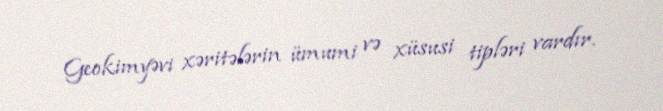
Geokimyəvi xəritələrin ümumi və xüsusi tipləri vardır.